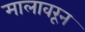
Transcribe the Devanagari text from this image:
मालावरून